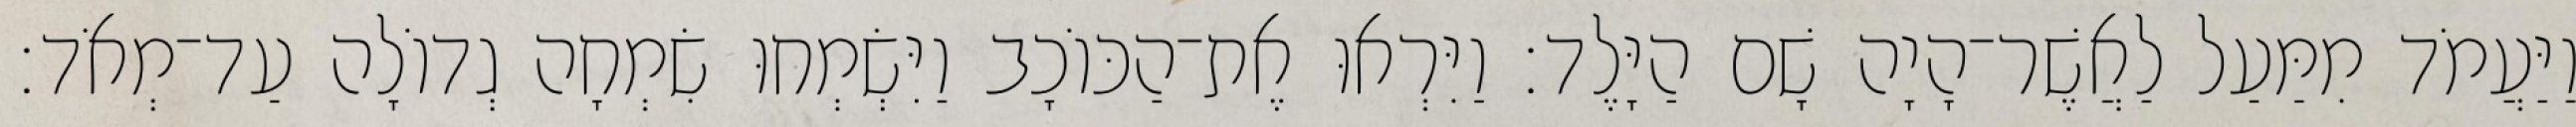
וַיַּעֲמֹד מִמַּעַל לַאֲשֶׁר־הָיָה שָׁם הַיָּלֶד׃ וַיִּרְאוּ אֶת־הַכּוֹכָב וַיִּשְׂמְחוּ שִׂמְחָה גְדוֹלָה עַד־מְאֹד׃